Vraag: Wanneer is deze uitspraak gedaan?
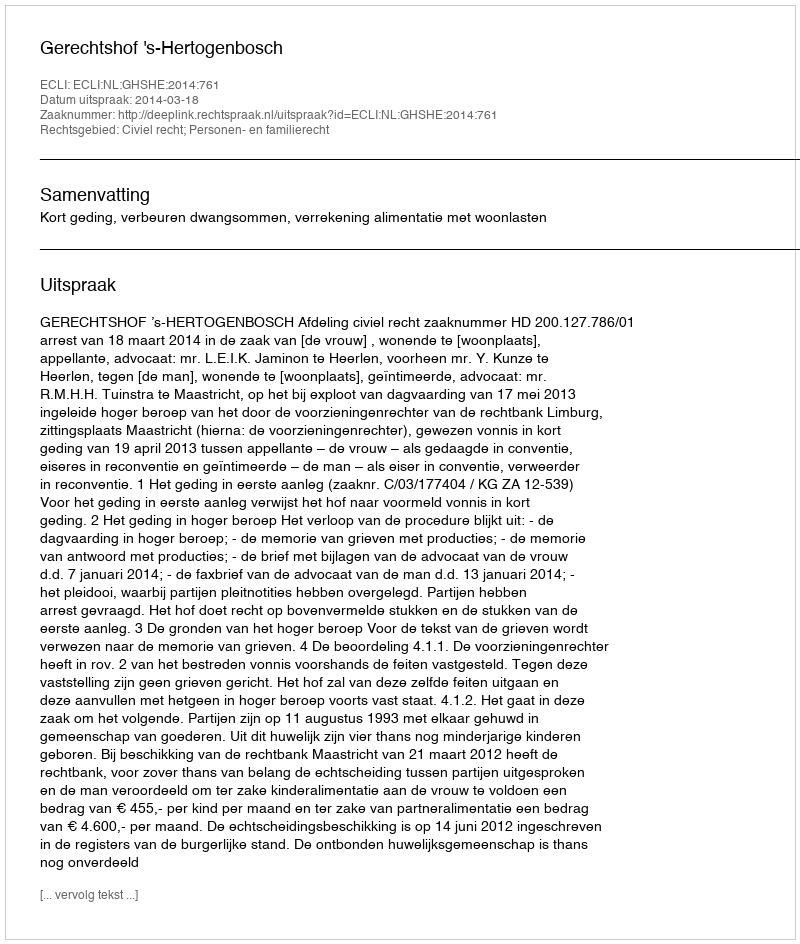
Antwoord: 2014-03-18